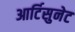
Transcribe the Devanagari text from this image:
आर्टिसुनेट